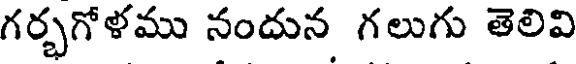
గర్భగోళము నందున గలుగు తెలివి